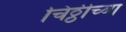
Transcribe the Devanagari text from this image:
चिठ्ठीच्या